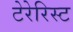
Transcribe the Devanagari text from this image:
टेरेरिस्ट